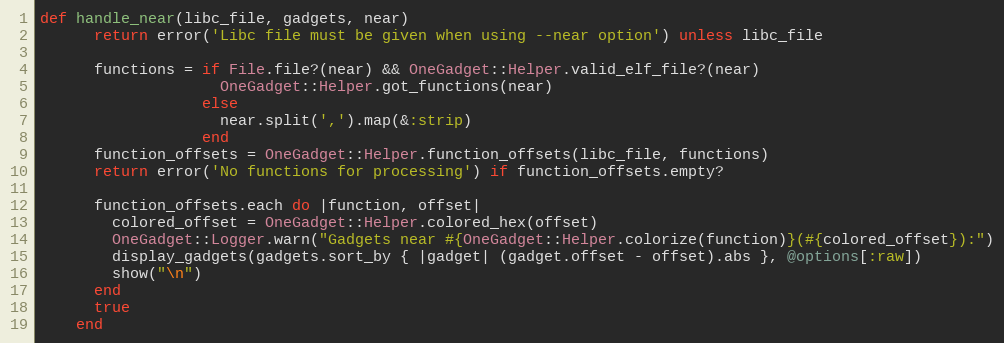
Language: Ruby
def handle_near(libc_file, gadgets, near)
      return error('Libc file must be given when using --near option') unless libc_file

      functions = if File.file?(near) && OneGadget::Helper.valid_elf_file?(near)
                    OneGadget::Helper.got_functions(near)
                  else
                    near.split(',').map(&:strip)
                  end
      function_offsets = OneGadget::Helper.function_offsets(libc_file, functions)
      return error('No functions for processing') if function_offsets.empty?

      function_offsets.each do |function, offset|
        colored_offset = OneGadget::Helper.colored_hex(offset)
        OneGadget::Logger.warn("Gadgets near #{OneGadget::Helper.colorize(function)}(#{colored_offset}):")
        display_gadgets(gadgets.sort_by { |gadget| (gadget.offset - offset).abs }, @options[:raw])
        show("\n")
      end
      true
    end